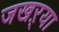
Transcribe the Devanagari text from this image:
जखऱ्या